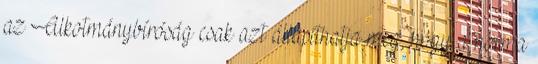
az Alkotmánybíróság csak azt állapíthatja meg, hogy a norma